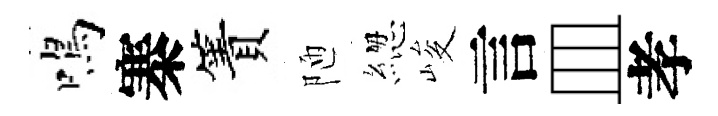
鳴寨簀陋緫峻言皿孝